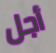
أجل